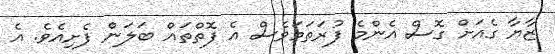
ޒާޔާ ގެއަށް ގޮސް އެންމެ ފުރަތަމަވެސް އެ ފޮތްތައް ބަލަން ފެށިއެވެ. އެ